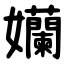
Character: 孏